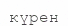
күрен